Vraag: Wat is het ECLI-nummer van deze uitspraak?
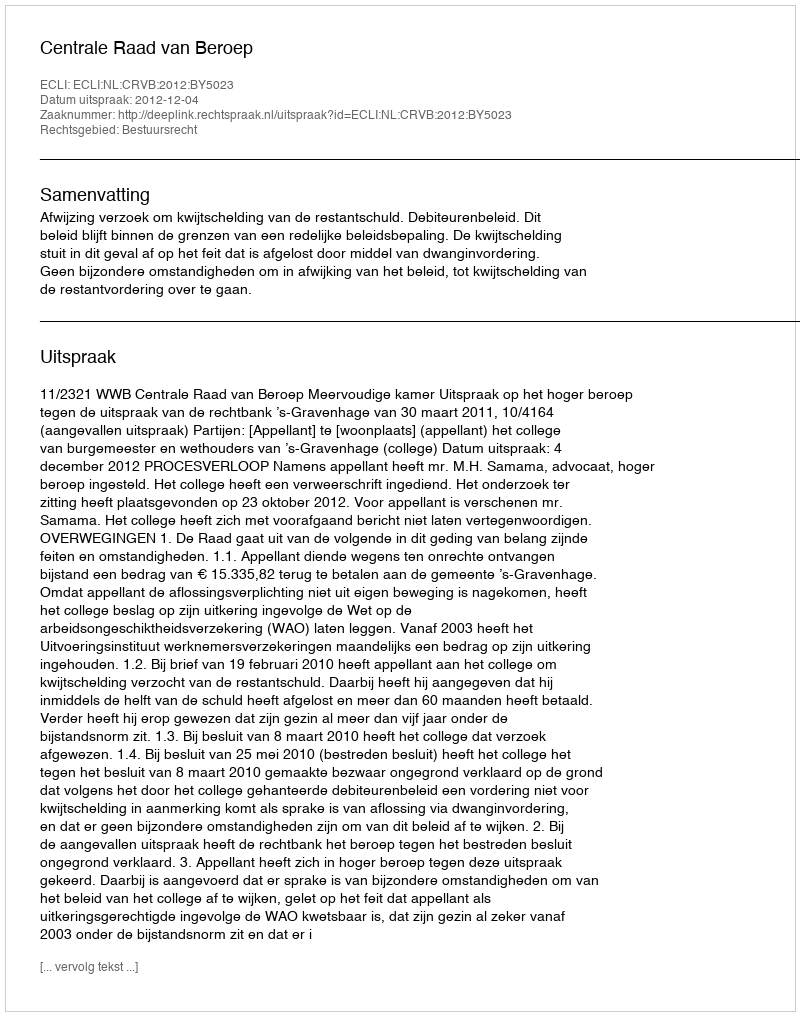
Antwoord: ECLI:NL:CRVB:2012:BY5023